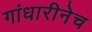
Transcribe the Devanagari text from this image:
गांधारीनेच